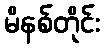
မိနစ်တိုင်း